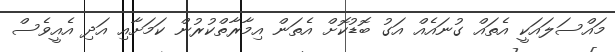
މައްސަލައަކީ އެތައް ގުނައެއް އަގު ބޮޑުކޮށް އެތަން އިމާރާތްކުރުން ކަމަށާއި އަދި އެއީވެސް